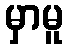
မှာမူ